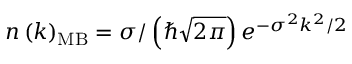
n \left( k \right) _ { \mathrm { M B } } = \sigma / \left( \hbar \sqrt { 2 \pi } \right) e ^ { - \sigma ^ { 2 } k ^ { 2 } / 2 }